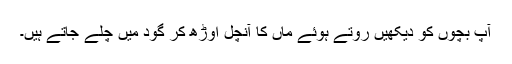
آپ بچوں کو دیکھیں روتے ہوئے ماں کا آنچل اوڑھ کر گود میں چلے جاتے ہیں۔